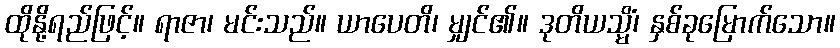
ထိုနို့ရည်ဖြင့်။ ရာဇာ၊ မင်းသည်။ ယာပေတိ၊ မျှင်၏။ ဒုတိယသ္မိံ၊ နှစ်ခုမြောက်သော။